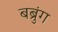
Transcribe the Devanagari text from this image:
बब्रुंग